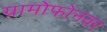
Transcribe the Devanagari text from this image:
ग्रामोफोनवर